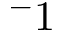
^ - 1